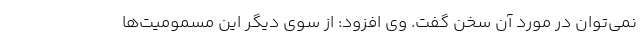
نمی‌توان در مورد آن سخن گفت. وی افزود: از سوی دیگر این مسمومیت‌ها